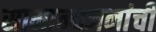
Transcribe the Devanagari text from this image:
सामान्यजनांची